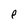
Character: e